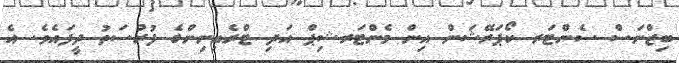
ބިޒްނަސް ސެންޓަރ ކޯޕަރޭޝަން އިން މެންޓަރޝިޕް އަދި ޓްރެއިނިންގެ ފުރުސަތު ދީފައެވެ. އެ